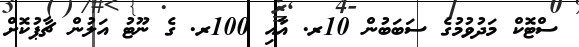
ސްޓޮކް މަދުވުމުގެ ސަބަބުން 10ރ. އާއި 100ރ. ގެ ނޫޓު އަލުން ޗާޕުކޮށް